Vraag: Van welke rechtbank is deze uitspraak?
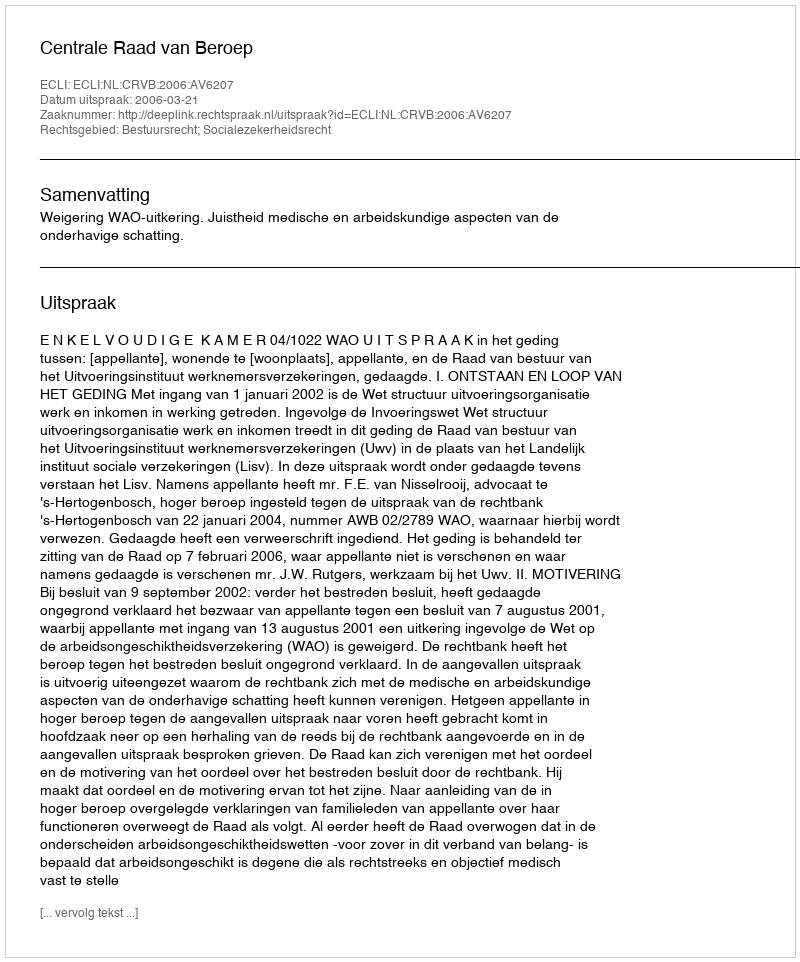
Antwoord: Centrale Raad van Beroep